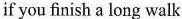
if you finish a long walk